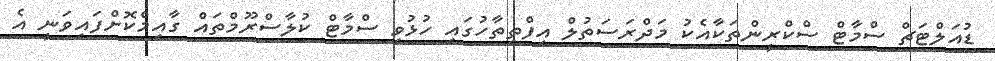
ޑުއަލްޓަޗް ސްމާޓް ސްކްރީންތަކާއެކު މަދްރަސަތުލް އިފްތިތާހުގައި ހުޅުވި ސްމާޓް ކުލާސްރޫމްތައް ގާއިމްކޮށްފައިވަނީ އެ